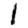
Digit: 1